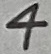
Text: 4